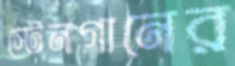
স্টেনগানের